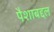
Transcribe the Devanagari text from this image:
पैशाबद्दल